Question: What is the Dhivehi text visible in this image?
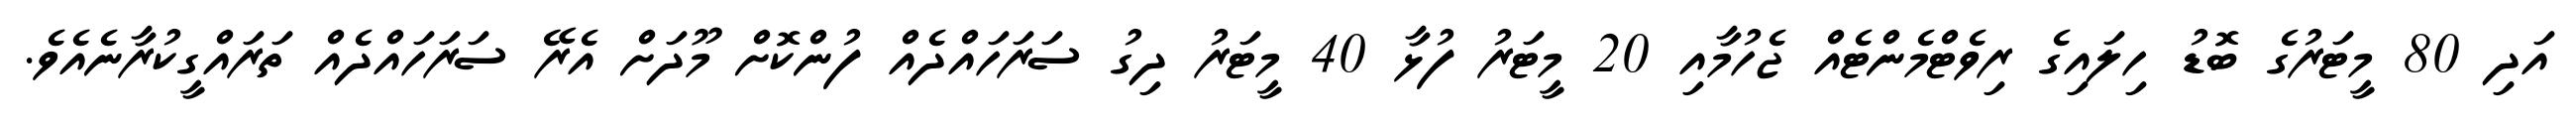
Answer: އަދި 80 މީޓަރުގެ ބޮޑު ހިލައިގެ ރިވެޓްމެންޓެއް ޖެހުމާއި 20 މީޓަރު ފުޅާ 40 މީޓަރު ދިގު ސަރަހައްދެއް ފުންކޮށް މޫދަށް އެރޭ ސަރަހައްދެއް ތަރައްގީކުރާނެއެވެ.